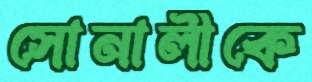
সোনালীকে